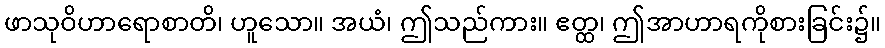
ဖာသုဝိဟာရောစာတိ၊ ဟူသော။ အယံ၊ ဤသည်ကား။ ဧတ္ထ၊ ဤအာဟာရကိုစားခြင်း၌။